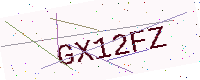
Text: GX12FZ